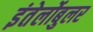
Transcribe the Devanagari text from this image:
इंतेर्लोबुलर